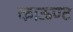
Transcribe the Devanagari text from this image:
काऊण्ट